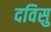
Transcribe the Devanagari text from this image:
दविसु